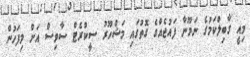
މިއީ ގާބިލްކަމުގެ ނަމޫނާ ފައުޖެއްގެ ގޮތުގައި މަޝްހޫރު ސީކްރެޓް ސާވިސް އަށް މިފަހުން